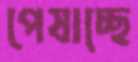
পেষাচ্ছে